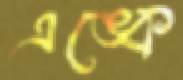
এঙ্কে